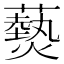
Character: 𤑔